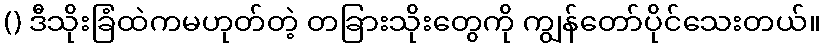
() ဒီသိုးခြံထဲကမဟုတ်တဲ့ တခြားသိုးတွေကို ကျွန်တော်ပိုင်သေးတယ်။